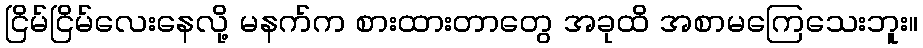
ငြိမ်ငြိမ်လေးနေလို့ မနက်က စားထားတာတွေ အခုထိ အစာမကြေသေးဘူး။